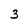
Character: 3